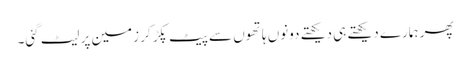
پھر ہمارے دیکھتے ہی دیکھتے دونوں ہاتھوں سے پیٹ پکڑ کر زمین پر لیٹ گئی۔